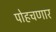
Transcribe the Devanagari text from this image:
पोहचणार